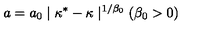
a = a _ { 0 } \mid \kappa ^ { * } - \kappa \mid ^ { 1 / \beta _ { 0 } } ( \beta _ { 0 } > 0 )